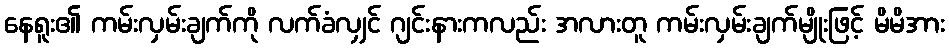
နေရူး၏ ကမ်းလှမ်းချက်ကို လက်ခံလျှင် ဂျင်းနားကလည်း အလားတူ ကမ်းလှမ်းချက်မျိုးဖြင့် မိမိအား